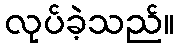
လုပ်ခဲ့သည်။